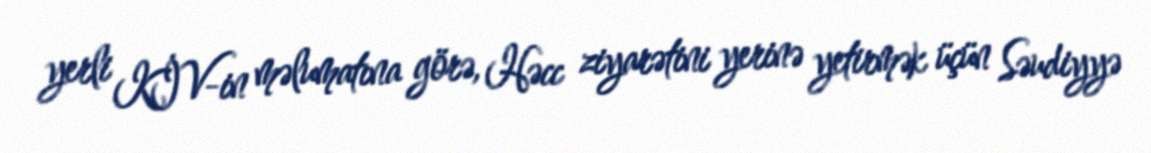
yerli KİV-in məlumatına görə, Həcc ziyarətini yerinə yetirmək üçün Səudiyyə